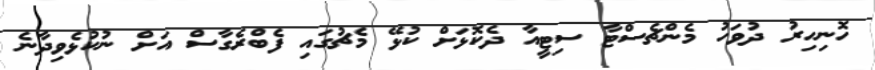
ހޮނިހިރު ދުވަހު މެންޗެސްޓާ ސިޓީއާ ދެކޮޅަށް ކުޅޭ މެޗުގައި ފެބްރެގާސް އަށް ނުކުޅެވިދާނެ